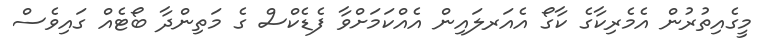
މީގެއިތުރުން އެމެރިކާގެ ކާގޯ އެއަރލައިން އެއްކަމަށްވާ ފެޑެކްސް ގެ މަތިންދާ ބޯޓެއް ގައިވެސް